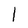
Character: l